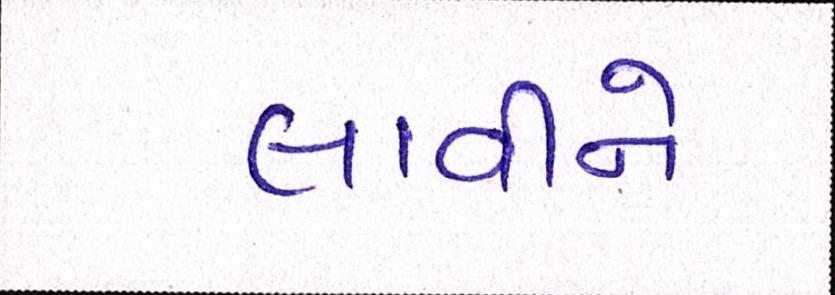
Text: લાવીને